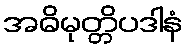
အဓိမုတ္တိပဒါနံ